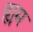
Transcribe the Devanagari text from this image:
ह्यम